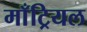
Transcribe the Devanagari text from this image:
माँट्रियल